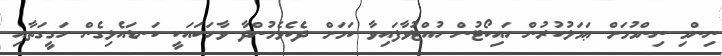
ނިންމި ނިންމުމަށް ޢަމަލުކުރުން ހައިކޯޓުން ހުއްޓުވާފައިވާ ކަމަށް ދެކެވެމުންދާ ވާހަކައަކީ ކަނޑައެޅިގެން ހަގީގަތާއި